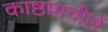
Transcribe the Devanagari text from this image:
काष्ठप्राचीरों